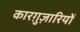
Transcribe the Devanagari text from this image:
कारग़ुज़ारियों